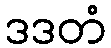
ဒဒတံ